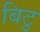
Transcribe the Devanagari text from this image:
बिटु